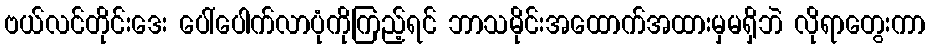
ဗယ်လင်တိုင်းဒေး ပေါ်ပေါက်လာပုံကိုကြည့်ရင် ဘာသမိုင်းအထောက်အထားမှမရှိဘဲ လိုရာတွေးကာ